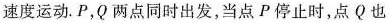
速度运动.P，Q两点同时出发，当点P停止时，点Q也